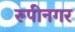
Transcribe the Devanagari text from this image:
रूपीनगर